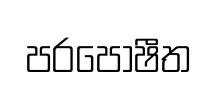
පරපෝෂීත